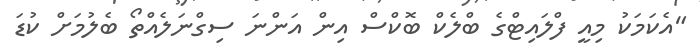
"އެކަމަކު މިއީ ފްލައިޓްގެ ބްލެކް ބޮކްސް އިން އަންނަ ސިގްނަލެއްތޯ ބެލުމަށް ކުޑަ